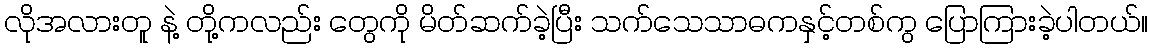
လိုအလားတူ နဲ့ တို့ကလည်း တွေကို မိတ်ဆက်ခဲ့ပြီး သက်သေသာဓကနှင့်တစ်ကွ ပြောကြားခဲ့ပါတယ်။